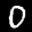
Label: 0